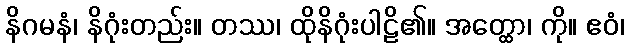
နိဂမနံ၊ နိဂုံးတည်း။ တဿ၊ ထိုနိဂုံးပါဠိ၏။ အတ္ထော၊ ကို။ ဧဝံ၊